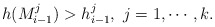
\begin{align*} h(M_{i-1}^j)>h_{i-1}^j, ~j=1, \cdots, k. \end{align*}